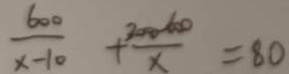
\frac { 6 0 0 } { x - 1 0 } + \frac { 3 0 0 0 - 6 0 0 } { x } = 8 0